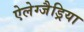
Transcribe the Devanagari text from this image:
ऐलेग्जैड्रिया